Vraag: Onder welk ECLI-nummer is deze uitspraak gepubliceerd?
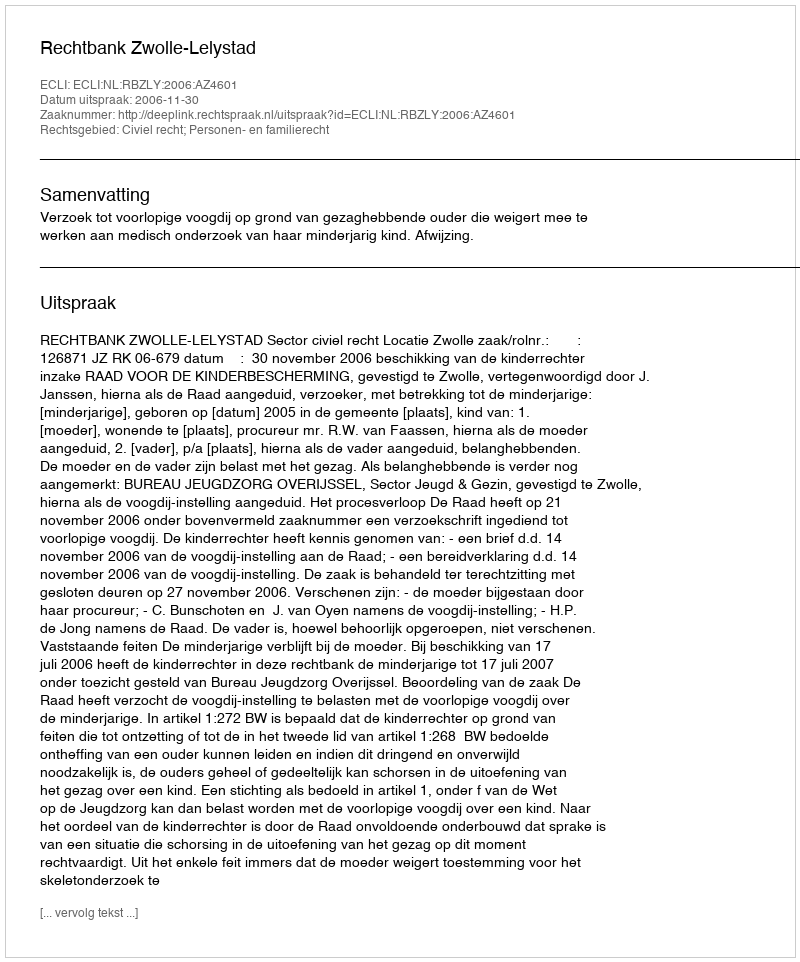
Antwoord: ECLI:NL:RBZLY:2006:AZ4601